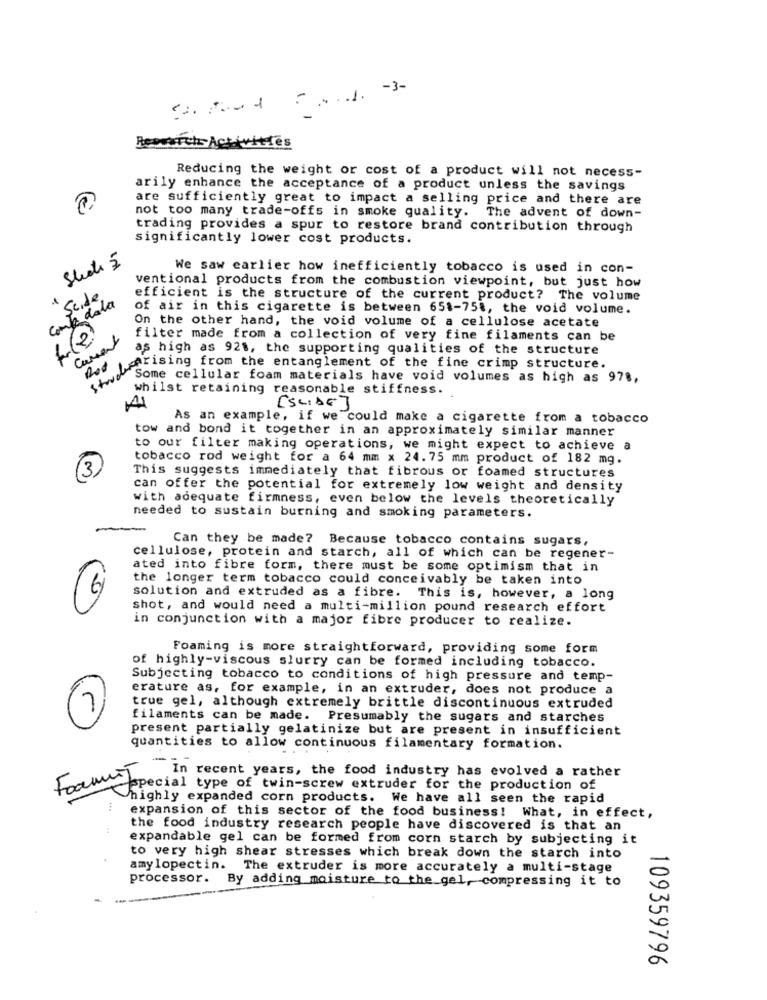
Research Activities
Reducing the weight or cost of a product will not necess-
arily enhance the acceptance of a product unless the savings
are sufficiently great to impact a selling price and there are
not too many trade-offs in smoke quality. The advent of down-
trading provides a spur to restore brand contribution through
significantly lower cost products.
Shots 5
We saw earlier how inefficiently tobacco is used in con-
ventional products from the combustion viewpoint, but just how
Comp dala
Scide
efficient is the structure of the current product? The volume
of air in this cigarette is between 651-758, the void volume.
On the other hand, the void volume of a cellulose acetate
Current
filter made from a collection of very fine filaments can be
as high as 92$, the supporting qualities of the structure
lad echtsing Itom the entanglement of the fine crimp structure.
"Some cellular foam materials have void volumes as high as 978,
whilst retaining reasonable stiffness.
[SLIDE]
As an example, if we could make a cigarette from a tobacco
tow and bond it together in an approximately similar manner
to our filter making operations, we might expect to achieve a
tobacco rod weight for a 64 mm x 24.75 mm product of 182 mg.
3
This suggests immediately that fibrous or foamed structures
can offer the potential for extremely low weight and density
with adequate firmness, even below the levels theoretically
needed to sustain burning and smoking parameters.
Can they be made? Because tobacco contains sugars,
cellulose, protein and starch, all of which can be regener-
ated into fibre form, there must be some optimism that in
the longer term tobacco could conceivably be taken into
6
solution and extruded as a fibre. This is, however, a long
shot, and would need a multi-million pound research effort
in conjunction with a major fibre producer to realize.
Foaming is more straightforward, providing some form
of highly-viscous slurry can be formed including tobacco.
Subjecting tobacco to conditions of high pressure and temp-
erature as, for example, in an extruder, does not produce a
true gel, although extremely brittle discontinuous extruded
filaments can be made. Presumably the sugars and starches
present partially gelatinize but are present in insufficient
quantities to allow continuous filamentary formation.
In recent years, the food industry has evolved a rather
Foammit
special type of twin-screw extruder for the production of
highly expanded corn products. We have all seen the rapid
expansion of this sector of the food business! What, in effect,
the food industry research people have discovered is that an
expandable gel can be formed from corn starch by subjecting it
to very high shear stresses which break down the starch into
amylopectin. The extruder is more accurately a multi-stage
processor.
By adding moisture to the gel, compressing it to
109359796